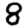
Digit: 8